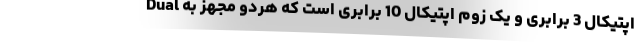
اپتیکال 3 برابری و یک زوم اپتیکال 10 برابری است که هردو مجهز به Dual